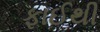
ફાઈથી